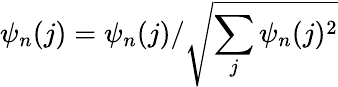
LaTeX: \psi_{n}(j)=\psi_{n}(j)/\sqrt{\sum_{j}\psi_{n}(j)^{2}}